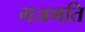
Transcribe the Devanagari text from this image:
गजगति